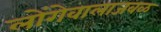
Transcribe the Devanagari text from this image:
लोंगेवालाजवळ